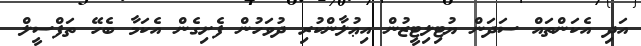
އަދި އެކަންތައް ސަދަން ޔުޓިލިޓީޒުން އިޢުލާންކުރި ދުވަހުން ފެށިގެން އެކަމާ ބެހޭ ތަފްސީލް